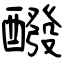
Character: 醱